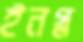
ইনগ্ল